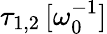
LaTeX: \tau_{1,2}\, [\omega_{0}^{-1}]